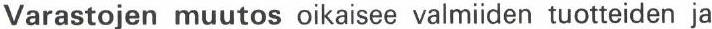
Varastojen muutos oikaisee valmiiden tuotteiden ja